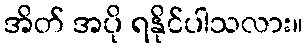
အိတ် အပို ရနိုင်ပါသလား။